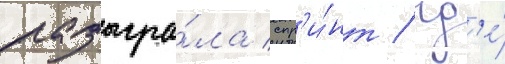
разыгра́ла спр'и́нт / гд'е́